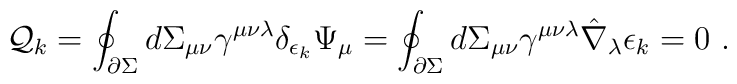
{\cal Q}_{k}  = \oint_{\partial \Sigma}  d\Sigma_{\mu\nu}\gamma^{\mu\nu\lambda} \delta_{\epsilon_k} \Psi_\mu  = \oint_{\partial \Sigma}   d\Sigma_{\mu\nu}\gamma^{\mu\nu\lambda}\hat \nabla _\lambda \epsilon_k =0 \ .